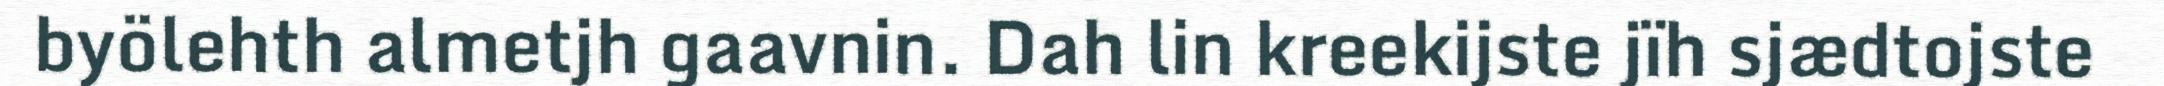
byölehth almetjh gaavnin. Dah lin kreekijste jïh sjædtojste